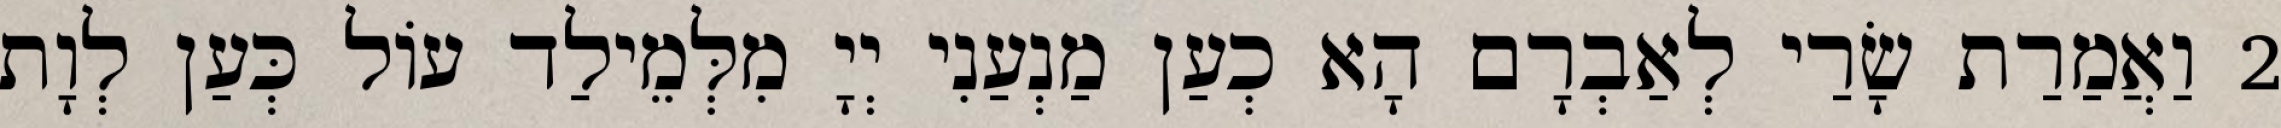
2 וַאֲמַרַת שָׂרַי לְאַבְרָם הָא כְעַן מַנְעַנִי יְיָ מִלְּמֵילַד עוֹל כְּעַן לְוָת